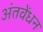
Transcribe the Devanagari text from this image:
अंतवेंधन